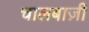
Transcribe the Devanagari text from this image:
चालबाज़ी